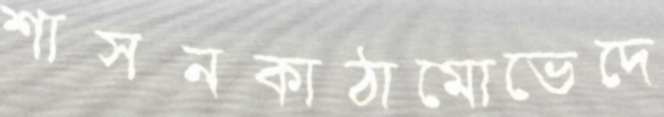
শাসনকাঠামোভেদে